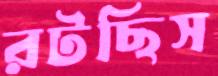
রটছিস